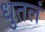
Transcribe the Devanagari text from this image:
धुतलं